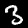
Digit: 3